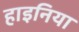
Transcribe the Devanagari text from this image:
हाइनिया